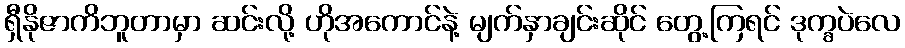
ရှီနိုဇာကိဘူတာမှာ ဆင်းလို့ ဟိုအကောင်နဲ့ မျက်နှာချင်းဆိုင် တွေ့ကြရင် ဒုက္ခပဲလေ